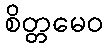
စိတ္တမေဝ